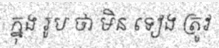
ក្នុង រូប ថា មិន ទៀង ត្រូវ